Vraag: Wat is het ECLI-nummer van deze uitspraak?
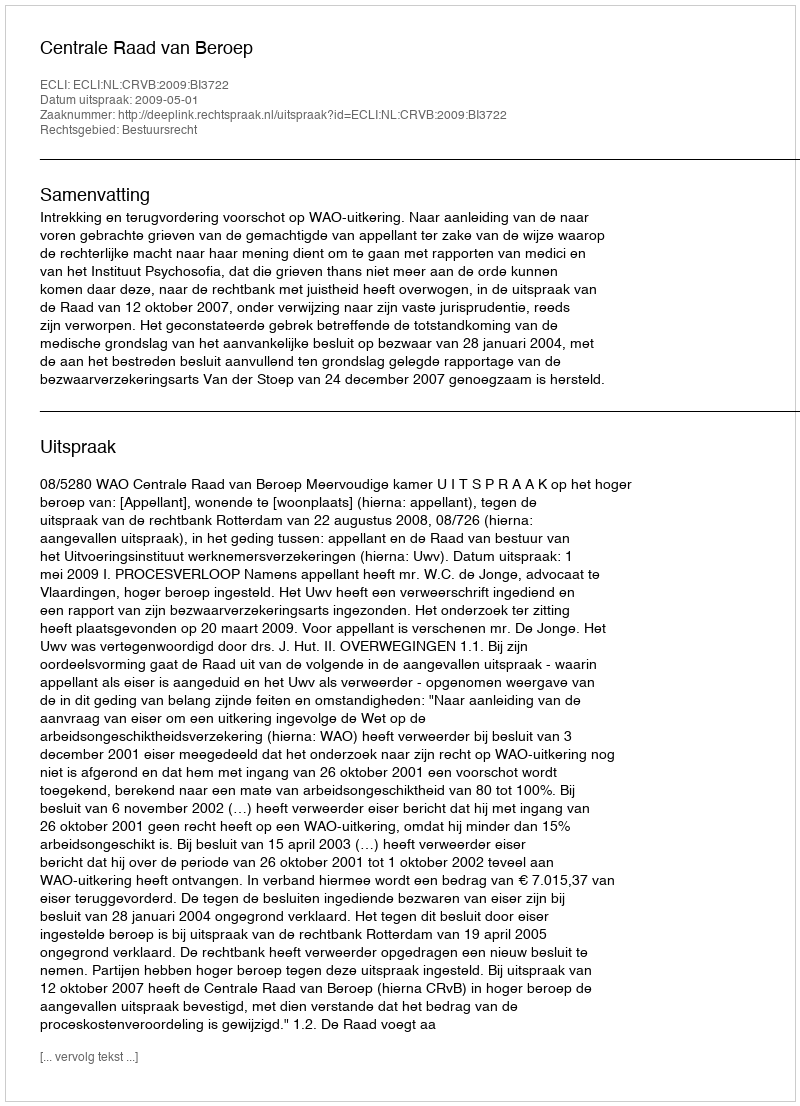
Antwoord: ECLI:NL:CRVB:2009:BI3722